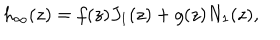
h _ { \infty } ( z ) = f ( z ) J _ { 1 } ( z ) + g ( z ) N _ { 1 } ( z ) ,